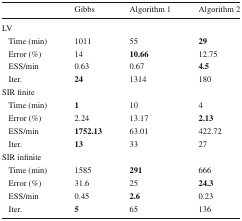
|  | Gibbs | Algorithm 1 | Algorithm 2 |
 | --- | --- | --- | --- |
 | LV |  |  |  |
 | Time (min) | 1011 | 55 | 29 |
 | Error (%) | 14 | 10.66 | 12.75 |
 | ESS/min | 0.63 | 0.67 | 4.5 |
 | Iter. | 24 | 1314 | 180 |
 | SIR finite |  |  |  |
 | Time (min) | 1 | 10 | 4 |
 | Error (%) | 2.24 | 13.17 | 2.13 |
 | ESS/min | 1752.13 | 63.01 | 422.72 |
 | Iter. | 13 | 33 | 27 |
 | SIR infinite |  |  |  |
 | Time (min) | 1585 | 291 | 666 |
 | Error (%) | 31.6 | 25 | 24.3 |
 | ESS/min | 0.45 | 2.6 | 0.23 |
 | Iter. | 5 | 65 | 136 |